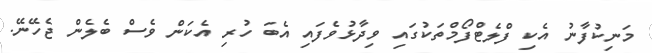
މަނިކުފާނު އެކި ފްލެޓްފޯމްތަކުގައި ވިދާޅުވެފައި އެބަ ހުރި އެކަން ވެސް ބެލެން ޖެހޭނޭ.